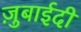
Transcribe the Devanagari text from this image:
ज़ुबाईदी